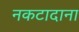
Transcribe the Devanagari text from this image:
नकटादाना